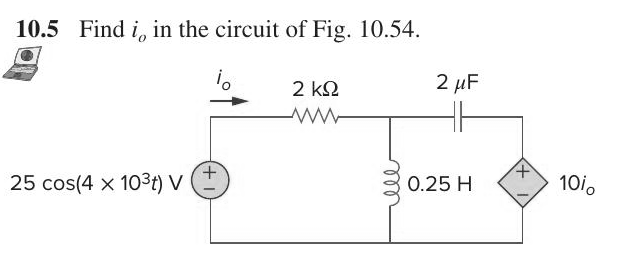
Components in this circuit:
resistor
capacitor
inductor
dependant voltage source
voltage source